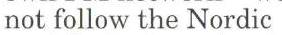
not follow the Nordic